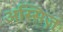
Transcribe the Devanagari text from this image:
अस्सिज़